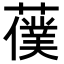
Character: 𦿍